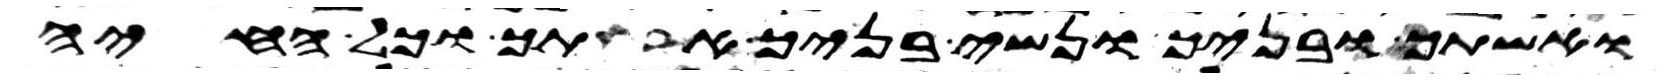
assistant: ואשתך ובניך ונשי בניך אתך וכל החיה